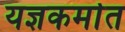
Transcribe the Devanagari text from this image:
यज्ञकर्मात